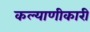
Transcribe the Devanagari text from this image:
कल्याणीकारी